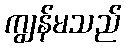
ကျွန်မသည်